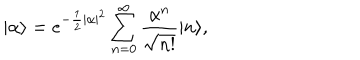
| \alpha \rangle = e ^ { - \frac 1 2 | \alpha | ^ { 2 } } \sum _ { n = 0 } ^ { \infty } \frac { \alpha ^ { n } } { \sqrt { n ! } } | n \rangle ,